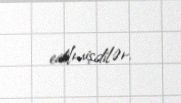
edilmişdilər.